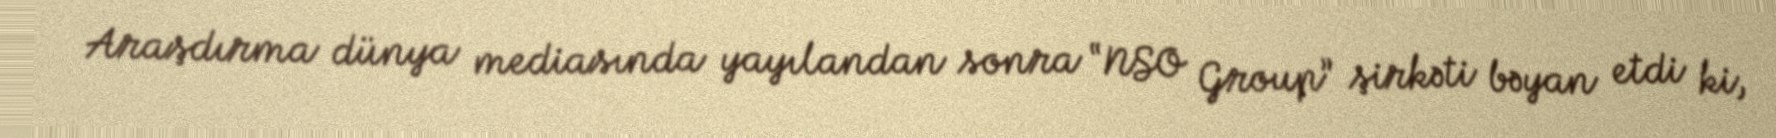
Araşdırma dünya mediasında yayılandan sonra “NSO Group” şirkəti bəyan etdi ki,